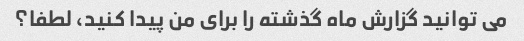
می توانید گزارش ماه گذشته را برای من پیدا کنید، لطفا؟